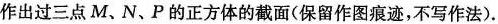
作出过三点M、N、P的正方体的截面(保留作图痕迹，不写作法)。